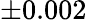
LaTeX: \pm 0.002